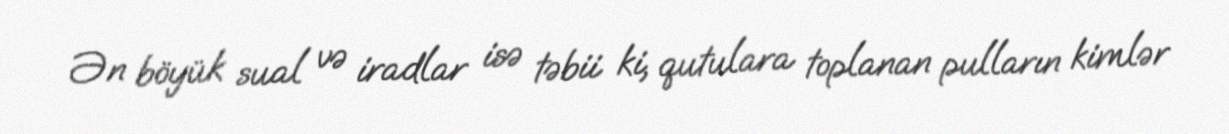
Ən böyük sual və iradlar isə təbii ki, qutulara toplanan pulların kimlər